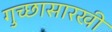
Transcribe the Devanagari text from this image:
गुच्छासारखी